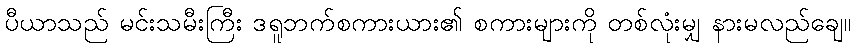
ပီယာသည် မင်းသမီးကြီး ဒရူဘက်စကားယား၏ စကားများကို တစ်လုံးမျှ နားမလည်ချေ။